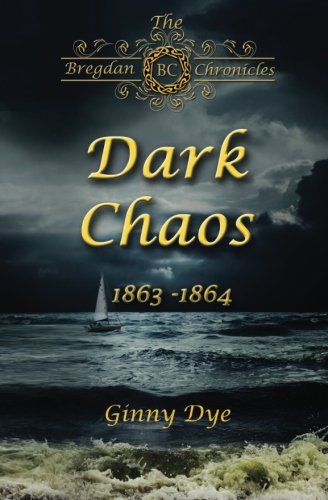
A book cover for Dark Chaos (# 4 in the Bregdan Chronicles Historical Fiction Romance Series) (Volume 4); Ginny Dye; Literature & Fiction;